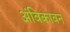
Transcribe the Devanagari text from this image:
अंबिकाबन